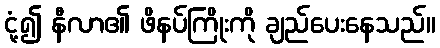
ငုံ့၍ နီလာ၏ ဖိနပ်ကြိုးကို ချည်ပေးနေသည်။